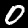
Digit: 0